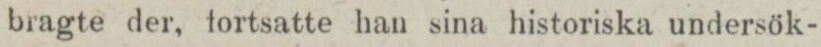
bragte der, fortsatte han sina historiska undersök-